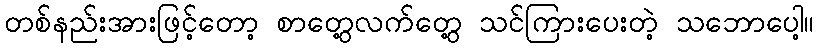
တစ်နည်းအားဖြင့်တော့ စာတွေ့လက်တွေ့ သင်ကြားပေးတဲ့ သဘောပေါ့။